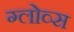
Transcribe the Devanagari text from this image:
ग्लोव्स